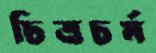
চিত্রচর্ম